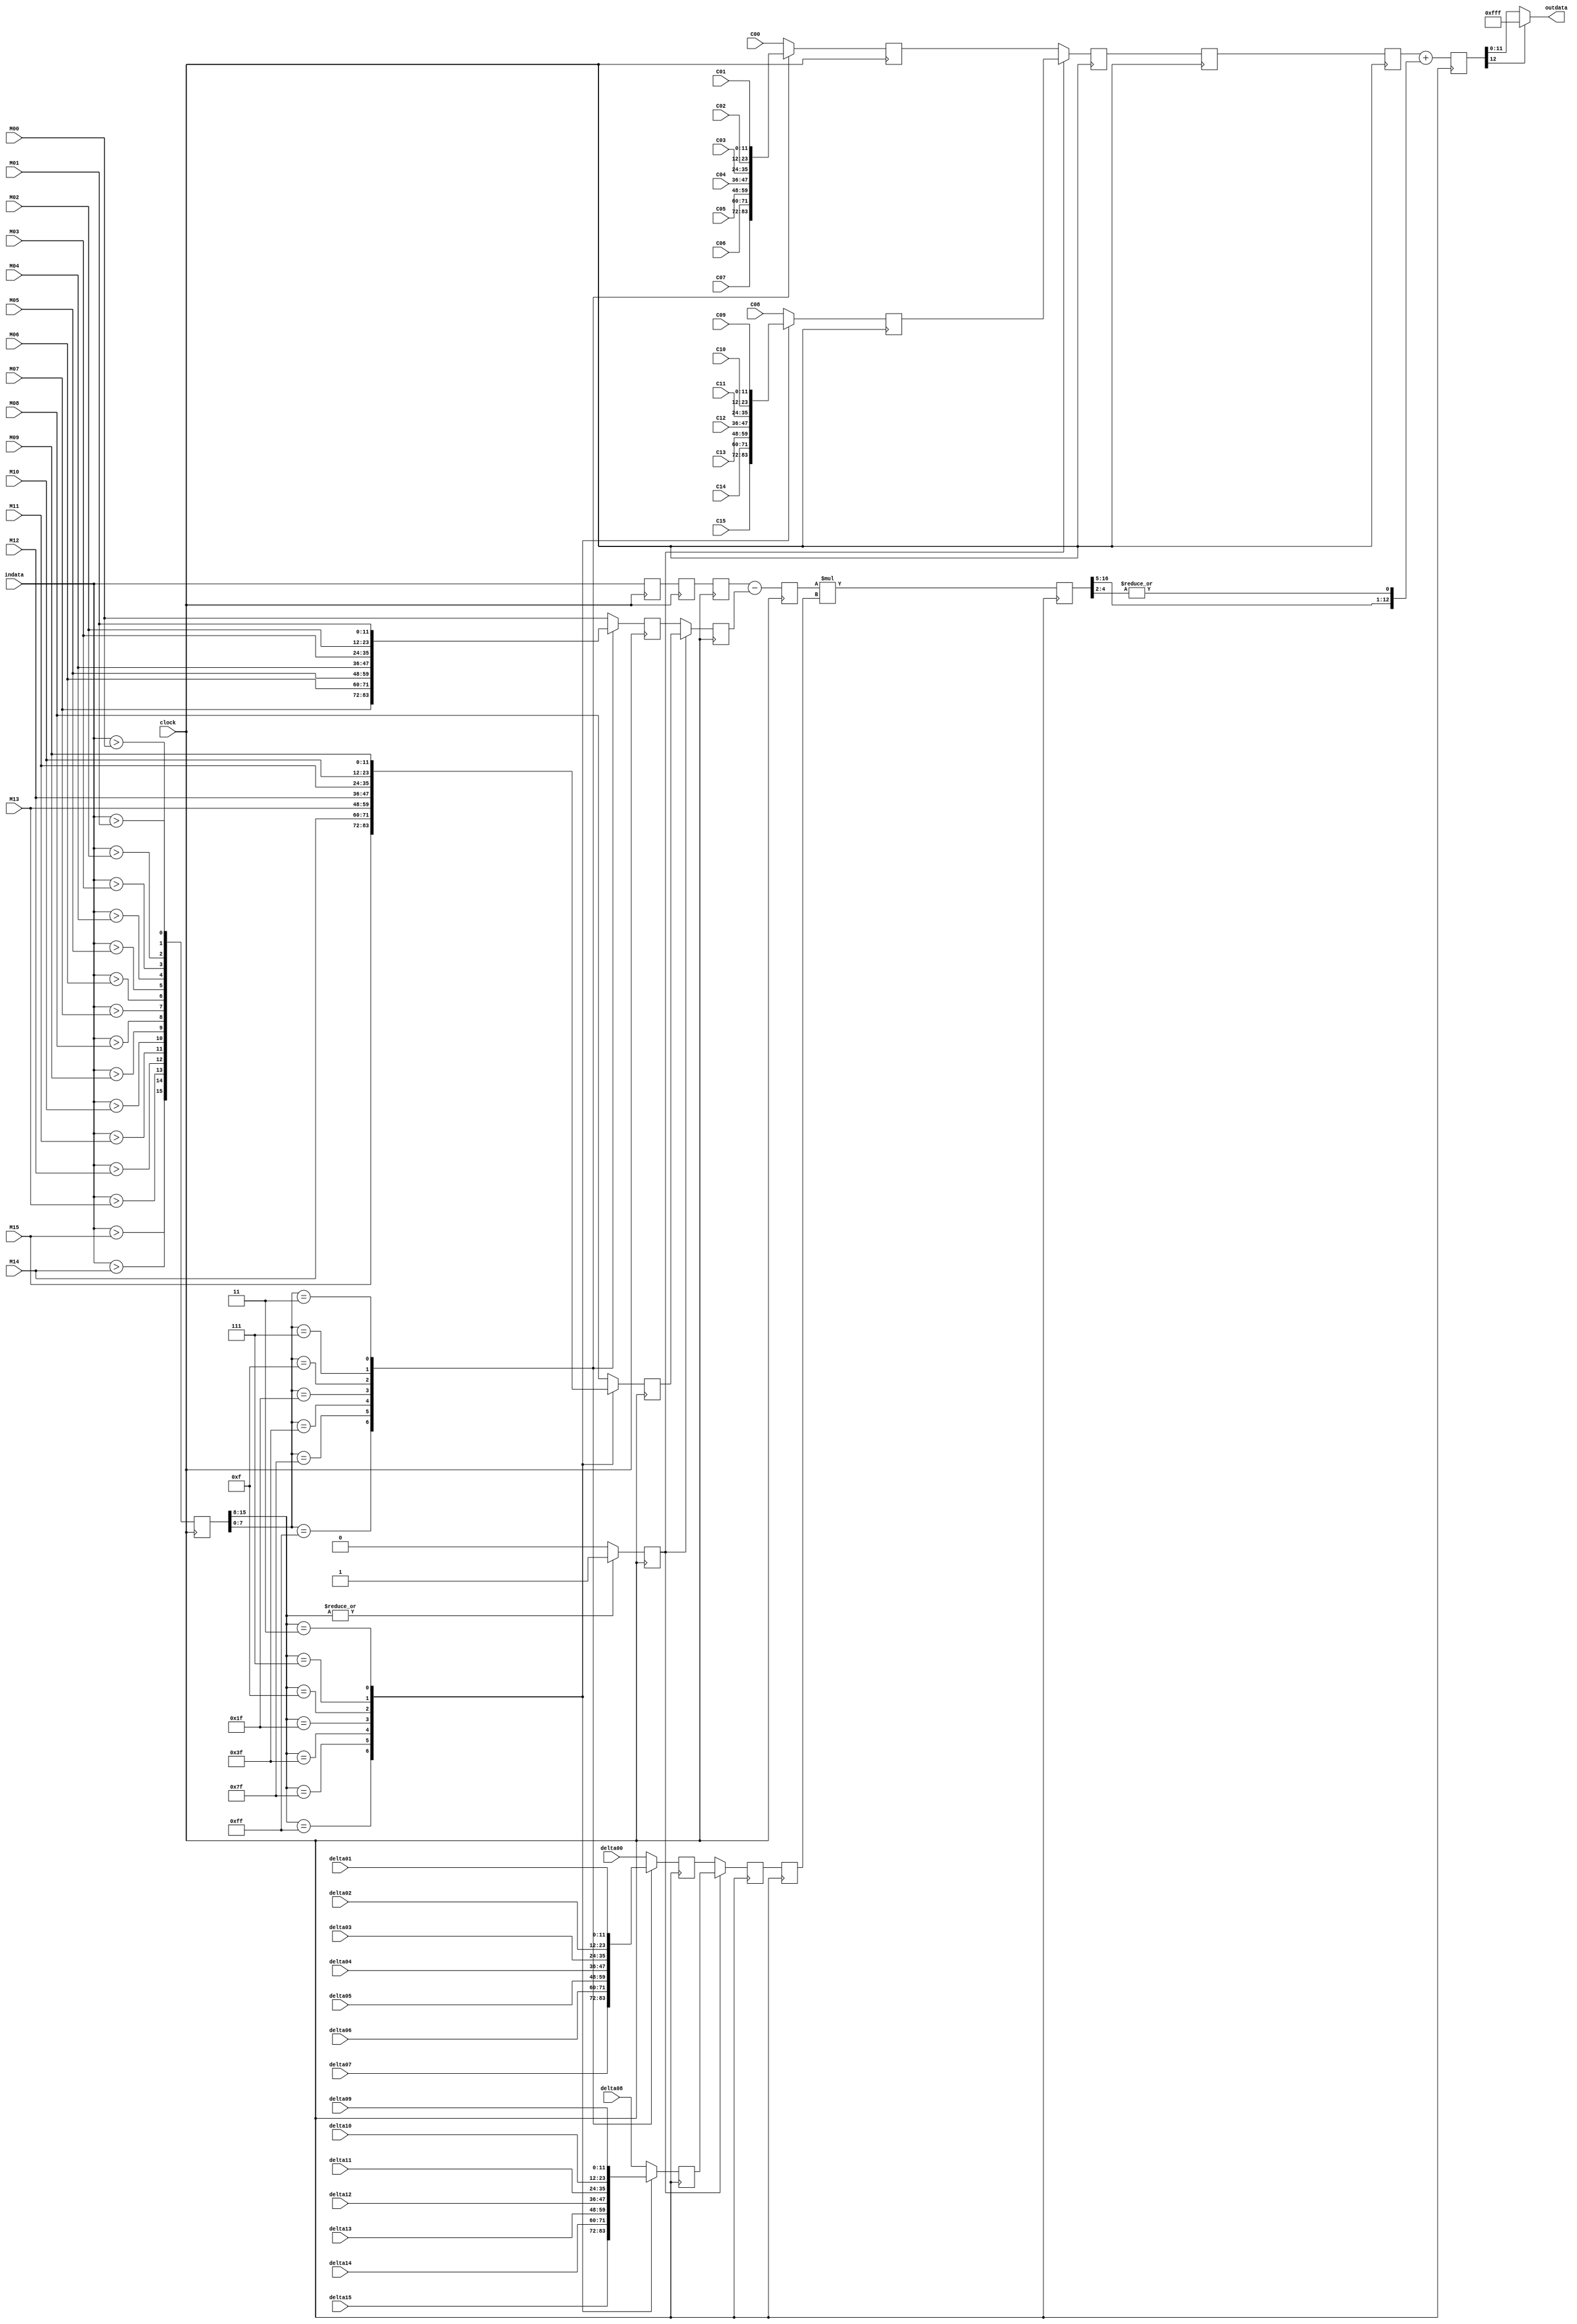
/*******************************************************
______________                ______________
______________ \  /\  /|\  /| ______________
______________  \/  \/ | \/ | ______________

--Module Name:
--Project Name:
--Chinese Description:
	
--English Description:
	
--Version:VERA.1.0.0
--Data modified:
--author:Young-
--E-mail: wmy367@Gmail.com
--Data created:
________________________________________________________
********************************************************/
`timescale 1ns/1ps
module linear_transfomation_func #(
	parameter	DSIZE		= 12,
	parameter	DT_I		= 8,
	parameter	DT_D		= 4
)(
	input					clock 		,
	input [DSIZE-1:0]		indata      ,
	output[DSIZE-1:0]		outdata     ,
                        	
	input [DT_I+DT_D-1:0]			delta00 	,
	input [DT_I+DT_D-1:0]			delta01     ,
	input [DT_I+DT_D-1:0]			delta02     ,
	input [DT_I+DT_D-1:0]			delta03     ,
	input [DT_I+DT_D-1:0]			delta04     ,
	input [DT_I+DT_D-1:0]			delta05     ,
	input [DT_I+DT_D-1:0]			delta06     ,
	input [DT_I+DT_D-1:0]			delta07     ,
	input [DT_I+DT_D-1:0]			delta08     ,
	input [DT_I+DT_D-1:0]			delta09     ,
	input [DT_I+DT_D-1:0]			delta10     ,
	input [DT_I+DT_D-1:0]			delta11     ,
	input [DT_I+DT_D-1:0]			delta12     ,
	input [DT_I+DT_D-1:0]			delta13     ,
	input [DT_I+DT_D-1:0]			delta14     ,
	input [DT_I+DT_D-1:0]			delta15     ,

	input [DSIZE-1:0]		M00			,
	input [DSIZE-1:0]		M01         ,
	input [DSIZE-1:0]		M02         ,
	input [DSIZE-1:0]		M03         ,
	input [DSIZE-1:0]		M04         ,
	input [DSIZE-1:0]		M05         ,
	input [DSIZE-1:0]		M06         ,
	input [DSIZE-1:0]		M07         ,
	input [DSIZE-1:0]		M08         ,
	input [DSIZE-1:0]		M09         ,
	input [DSIZE-1:0]		M10         ,
	input [DSIZE-1:0]		M11         ,
	input [DSIZE-1:0]		M12         ,
	input [DSIZE-1:0]		M13         ,
	input [DSIZE-1:0]		M14         ,
	input [DSIZE-1:0]		M15			,

	input [DSIZE-1:0]		C00			,
	input [DSIZE-1:0]		C01         ,
	input [DSIZE-1:0]		C02         ,
	input [DSIZE-1:0]		C03         ,
	input [DSIZE-1:0]		C04         ,
	input [DSIZE-1:0]		C05         ,
	input [DSIZE-1:0]		C06         ,
	input [DSIZE-1:0]		C07         ,
	input [DSIZE-1:0]		C08         ,
	input [DSIZE-1:0]		C09         ,
	input [DSIZE-1:0]		C10         ,
	input [DSIZE-1:0]		C11         ,
	input [DSIZE-1:0]		C12         ,
	input [DSIZE-1:0]		C13         ,
	input [DSIZE-1:0]		C14         ,
	input [DSIZE-1:0]		C15          

);

wire[15:0]		cmp;

assign	cmp[ 0]	=  indata > M00;
assign	cmp[ 1]	=  indata > M01;
assign	cmp[ 2]	=  indata > M02;
assign	cmp[ 3]	=  indata > M03;
assign	cmp[ 4]	=  indata > M04;
assign	cmp[ 5]	=  indata > M05;
assign	cmp[ 6]	=  indata > M06;
assign	cmp[ 7]	=  indata > M07;
assign	cmp[ 8]	=  indata > M08;
assign	cmp[ 9]	=  indata > M09;
assign	cmp[10]	=  indata > M10;
assign	cmp[11]	=  indata > M11;
assign	cmp[12]	=  indata > M12;
assign	cmp[13]	=  indata > M13;
assign	cmp[14]	=  indata > M14;
assign	cmp[15]	=  indata > M15;

//---->> LAT 1 <<--------
reg[15:0]		cmp_lat1;

always@(posedge clock)	cmp_lat1	= cmp;

reg[DSIZE-1:0]	indata_lat1;
always@(posedge clock)	indata_lat1	= indata;
	
//----<< LAT 1 >>--------
//---->> LAT 2 <<--------

reg [DSIZE-1:0]	M_L_lat2;
reg [DSIZE-1:0]	M_H_lat2; 

always@(posedge clock)
	M_L_lat2 <= select(	cmp_lat1[7:0],
						M00	,
            			M01	,
            			M02	,
            			M03	,
            			M04	,
            			M05	,
            			M06	,
            			M07	);

always@(posedge clock)
	M_H_lat2 <= select(	cmp_lat1[15:8],
						M08	,
            			M09	,
            			M10	,
            			M11	,
            			M12	,
            			M13	,
            			M14	,
            			M15	);

reg [DT_I+DT_D-1:0]	D_L_lat2;
reg [DT_I+DT_D-1:0]	D_H_lat2;
always@(posedge clock)
	D_L_lat2 <= select(	cmp_lat1[7:0],
						delta00	,
            			delta01	,
            			delta02	,
            			delta03	,
            			delta04	,
            			delta05	,
            			delta06	,
            			delta07	);

always@(posedge clock)
	D_H_lat2 <= select(	cmp_lat1[15:8],
						delta08	,
            			delta09	,
            			delta10	,
            			delta11	,
            			delta12	,
            			delta13	,
            			delta14	,
            			delta15	);

reg 	h_l_lat2;
always@(posedge clock)
	if(|cmp_lat1[15:8])
			h_l_lat2	<= 1'b1;
	else	h_l_lat2	<= 1'b0;

reg [DSIZE-1:0]	indata_lat2;
always@(posedge clock)	indata_lat2	<= indata_lat1;

reg [DSIZE-1:0]	indata_H_lat2;
reg [DSIZE-1:0]	indata_L_lat2;

always@(posedge clock)
	indata_L_lat2 <= select(	cmp_lat1[7:0],
						C00	,
            			C01	,
            			C02	,
            			C03	,
            			C04	,
            			C05	,
            			C06	,
            			C07	);
always@(posedge clock)
	indata_H_lat2 <= select(	cmp_lat1[15:8],
						C08	,
            			C09	,
            			C10	,
            			C11	,
            			C12	,
            			C13	,
            			C14	,
            			C15	);

//----<< LAT 2 >>--------
//---->> LAT 3 <<--------
reg [DSIZE-1:0]		M_lat3;
reg [DT_I+DT_D-1:0]	D_lat3;
always@(posedge clock)	M_lat3	<= h_l_lat2? M_H_lat2 : M_L_lat2;
always@(posedge clock)	D_lat3	<= h_l_lat2? D_H_lat2 : D_L_lat2;

reg [DSIZE-1:0]	indata_lat3;
always@(posedge clock)	indata_lat3	<= indata_lat2;

reg [DSIZE-1:0]	Cdata_lat3;
always@(posedge clock)	Cdata_lat3	<= h_l_lat2? indata_H_lat2 : indata_L_lat2;
//----<< LAT 3 >>--------
//---->> LAT 4 <<--------
reg [DSIZE-1:0]	Sub_lat4;
always@(posedge clock)	Sub_lat4	<= indata_lat3 - M_lat3;

reg [DT_I+DT_D-1:0]	D_lat4;
always@(posedge clock)	D_lat4		<= D_lat3;

reg [DSIZE-1:0]	indata_lat4;
always@(posedge clock)	indata_lat4	<= Cdata_lat3; 
//----<< LAT 4 >>--------
//---->> LAT 5 <<--------
reg [DSIZE+DT_I+DT_D-1:0]	Mul_lat5;
always@(posedge clock)	Mul_lat5	<= Sub_lat4 * D_lat4;

reg [DSIZE-1:0]	indata_lat5;
always@(posedge clock)	indata_lat5	<= indata_lat4; 
//----<< LAT 5 >>--------
//---->> LAT 6 <<--------
reg [DSIZE:0]	odata_lat6;

always@(posedge clock)	odata_lat6	<= indata_lat5 + { Mul_lat5[DSIZE+DT_I+DT_D-1:DT_D+1], |Mul_lat5[DT_D:DT_D-2]};
//----<< LAT 6 >>--------
//---->> FUNC DEFINE <<--------
function automatic [DSIZE-1:0] select;
	input [7:0]				key	;
	input [DSIZE-1:0]		S00	;
	input [DSIZE-1:0]		S01	;
	input [DSIZE-1:0]		S02	;
	input [DSIZE-1:0]		S03	;
	input [DSIZE-1:0]		S04	;
	input [DSIZE-1:0]		S05	;
	input [DSIZE-1:0]		S06	;
	input [DSIZE-1:0]		S07	;		
begin
	casex(key)
	8'b1111_1111:	select	= S07;
	8'b0111_1111:	select	= S06;
	8'b0011_1111:	select	= S05;
	8'b0001_1111:	select	= S04;
	8'b0000_1111:	select	= S03;
	8'b0000_0111:	select	= S02;
	8'b0000_0011:	select	= S01;
	8'b0000_0001:	select	= S00; 
	8'b0000_0000:	select	= S00;
	default:		select	= S00;
	endcase
end
endfunction
//----<< FUNC DEFINE >>--------

assign	outdata	= odata_lat6[DSIZE]? {DSIZE{1'b1}} : odata_lat6[DSIZE-1:0];

//----->> TEST <<--------------
integer test_data;
always@(*)	test_data	= { Mul_lat5[DSIZE+DT_I+DT_D-1:DT_D+1], |Mul_lat5[DT_D:DT_D-2]};
//-----<< TEST >>--------------
endmodule